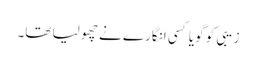
زیبی کو گویا کسی انگارے نے چھو لیا تھا۔